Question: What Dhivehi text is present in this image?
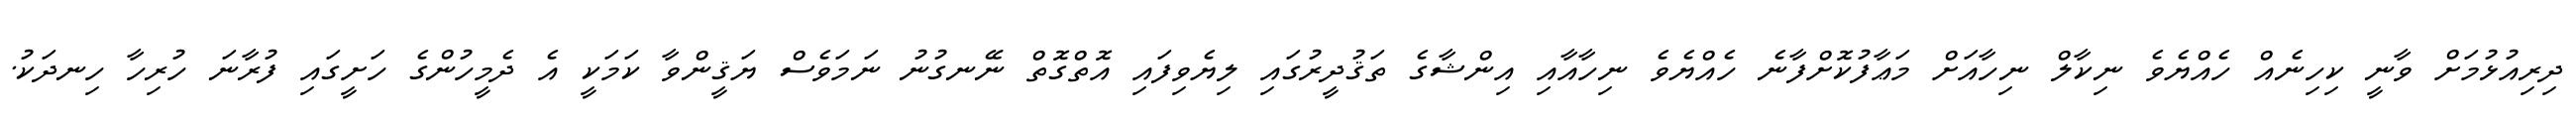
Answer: ދިރިއުޅުމަށް ވާނީ ކިހިނެއް ހެއްޔެވެ ނިކާލް ނިހާއަށް މަޢާފުކޮށްފާނެ ހެއްޔެވެ ނިހާއާއި އިންޝާގެ ތަޤުދީރުގައި ލިޔެވިފައި އޮތްގޮތް ނޭނގުނު ނަމަވެސް ޔަޤީންވާ ކަމަކީ އެ ދެމީހުންގެ ހަށީގައި ފުރާނަ ހުރިހާ ހިނދަކު.